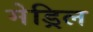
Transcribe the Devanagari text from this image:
मेड्रिल